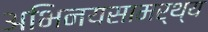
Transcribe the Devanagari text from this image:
अभिनयसामर्थ्य